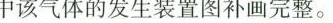
中该气体的发生装置图补画完整。